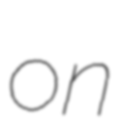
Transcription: on